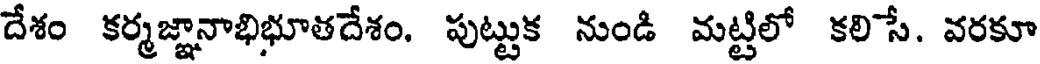
దేశం కర్మజ్ఞానాభిభూతదేశం. పుట్టుక నుండి మట్టిలో కలిసే. వరకూ